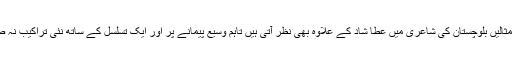
ان لفظیات کی جڑیں زمین میں پیوست ہیں اگرچہ اس طرح کی لفظیات و تراکیب کی ایجاد کی اکا دکا مثالیں بلوچستان کی شاعری میں عطا شاد کے علاوہ بھی نظر آتی ہیں تاہم وسیع پیمانے پر اور ایک تسلسل کے ساتھ نئی تراکیب نہ صرف وضع کرنا بلکہ انھیں فنی چابکدستی کے ساتھ جزوِ شاعری بنانا بلاشبہ عطا شاد کا کارنامہ ہے۔